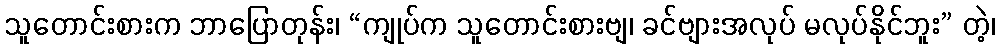
သူတောင်းစားက ဘာပြောတုန်း၊ “ကျုပ်က သူတောင်းစားဗျ၊ ခင်ဗျားအလုပ် မလုပ်နိုင်ဘူး” တဲ့၊